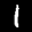
Label: 1